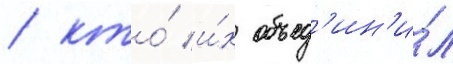
/ кто́ и́х объед'ин'и́л